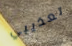
تعذيبي